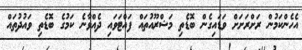
އެހެންކަމުން ރަށްރަށަށް ވަޑައިގެން ބޮޑެތި މަޝްރޫއުތައް ފައްޓަވައި ދެއްވާނެ ކަމުގެ ބޮޑެތި ވައުދުތައް